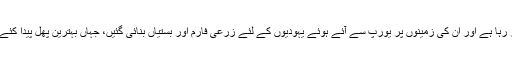
یہ وہ زندگی ہے جس میں ایک فلسطینی اپنے روز و شب گزار رہا ہے اور ان کی زمینوں پر یورپ سے آئے ہوئے یہودیوں کے لئے زرعی فارم اور بستیاں بنائی گئیں، جہاں بہترین پھل پیدا کئے جا رہے ہیں اور جن کی یورپ کے مُلکوں کوبرآمد ہوتی ہے۔